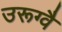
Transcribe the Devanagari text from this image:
उरूग्वै